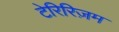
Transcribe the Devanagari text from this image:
टेरिरिज़म